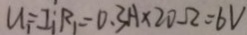
u _ { 1 } = I _ { 1 } R _ { 1 } = 0 . 3 A \times 2 0 \Omega = 6 V